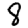
Digit: 8